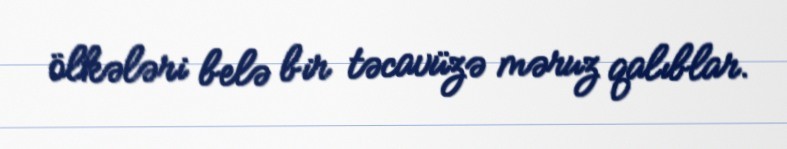
ölkələri belə bir təcavüzə məruz qalıblar.